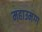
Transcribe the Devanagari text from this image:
महाउमग्ग